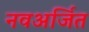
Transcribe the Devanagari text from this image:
नवअर्जित